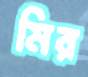
মির